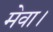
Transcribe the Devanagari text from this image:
मेवा।